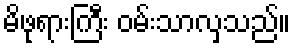
မိဖုရားကြီး ဝမ်းသာလှသည်။